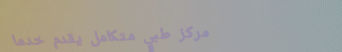
مركز طبي متكامل يقدم خدما